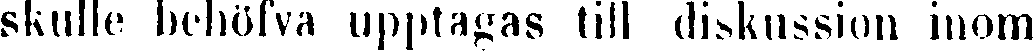
skulle behöfva upptagas till diskussion inom